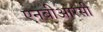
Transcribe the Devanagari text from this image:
एनबीआरसी